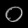
Digit: ၀